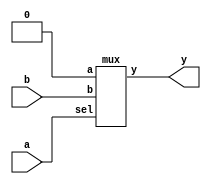
`timescale 1ns / 1ps

module and_mux(
input a,b,
output y
  );
 mux m1(1'b0,b,a,y);
endmodule

module mux(
input a,b,
input sel,
output y
);
assign y = (a & ~sel)|(b & sel);

endmodule